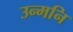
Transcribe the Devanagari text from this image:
उन्मनि